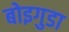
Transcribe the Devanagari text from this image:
बोइगुडा